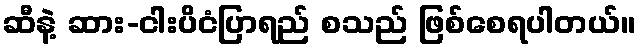
ဆီနဲ့ ဆား-ငါးပိငံပြာရည် စသည် ဖြစ်စေရပါတယ်။